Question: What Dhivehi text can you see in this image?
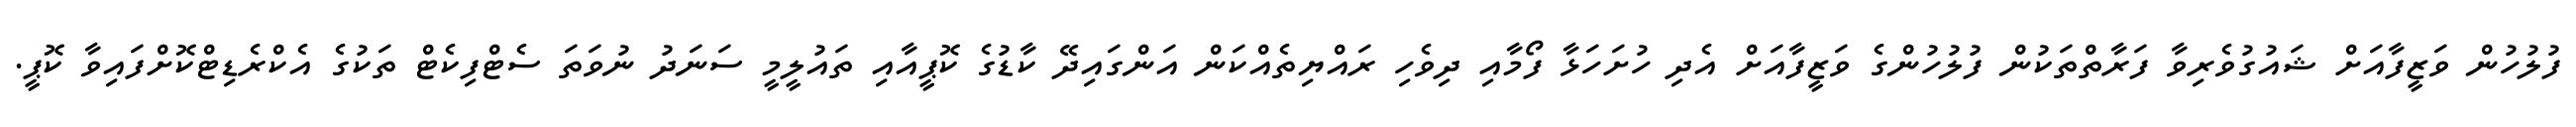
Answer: ފުލުހުން ވަޒީފާއަށް ޝައުގުވެރިވާ ފަރާތްތަކުން ފުލުހުންގެ ވަޒީފާއަށް އެދި ހުށަހަޅާ ފޯމާއި ދިވެހި ރައްޔިތެއްކަން އަންގައިދޭ ކާޑުގެ ކޮޕީއާއި ތައުލީމީ ސަނަދު ނުވަތަ ސެޓްފިކެޓް ތަކުގެ އެކްރެޑިޓްކޮށްފައިވާ ކޮޕީ.